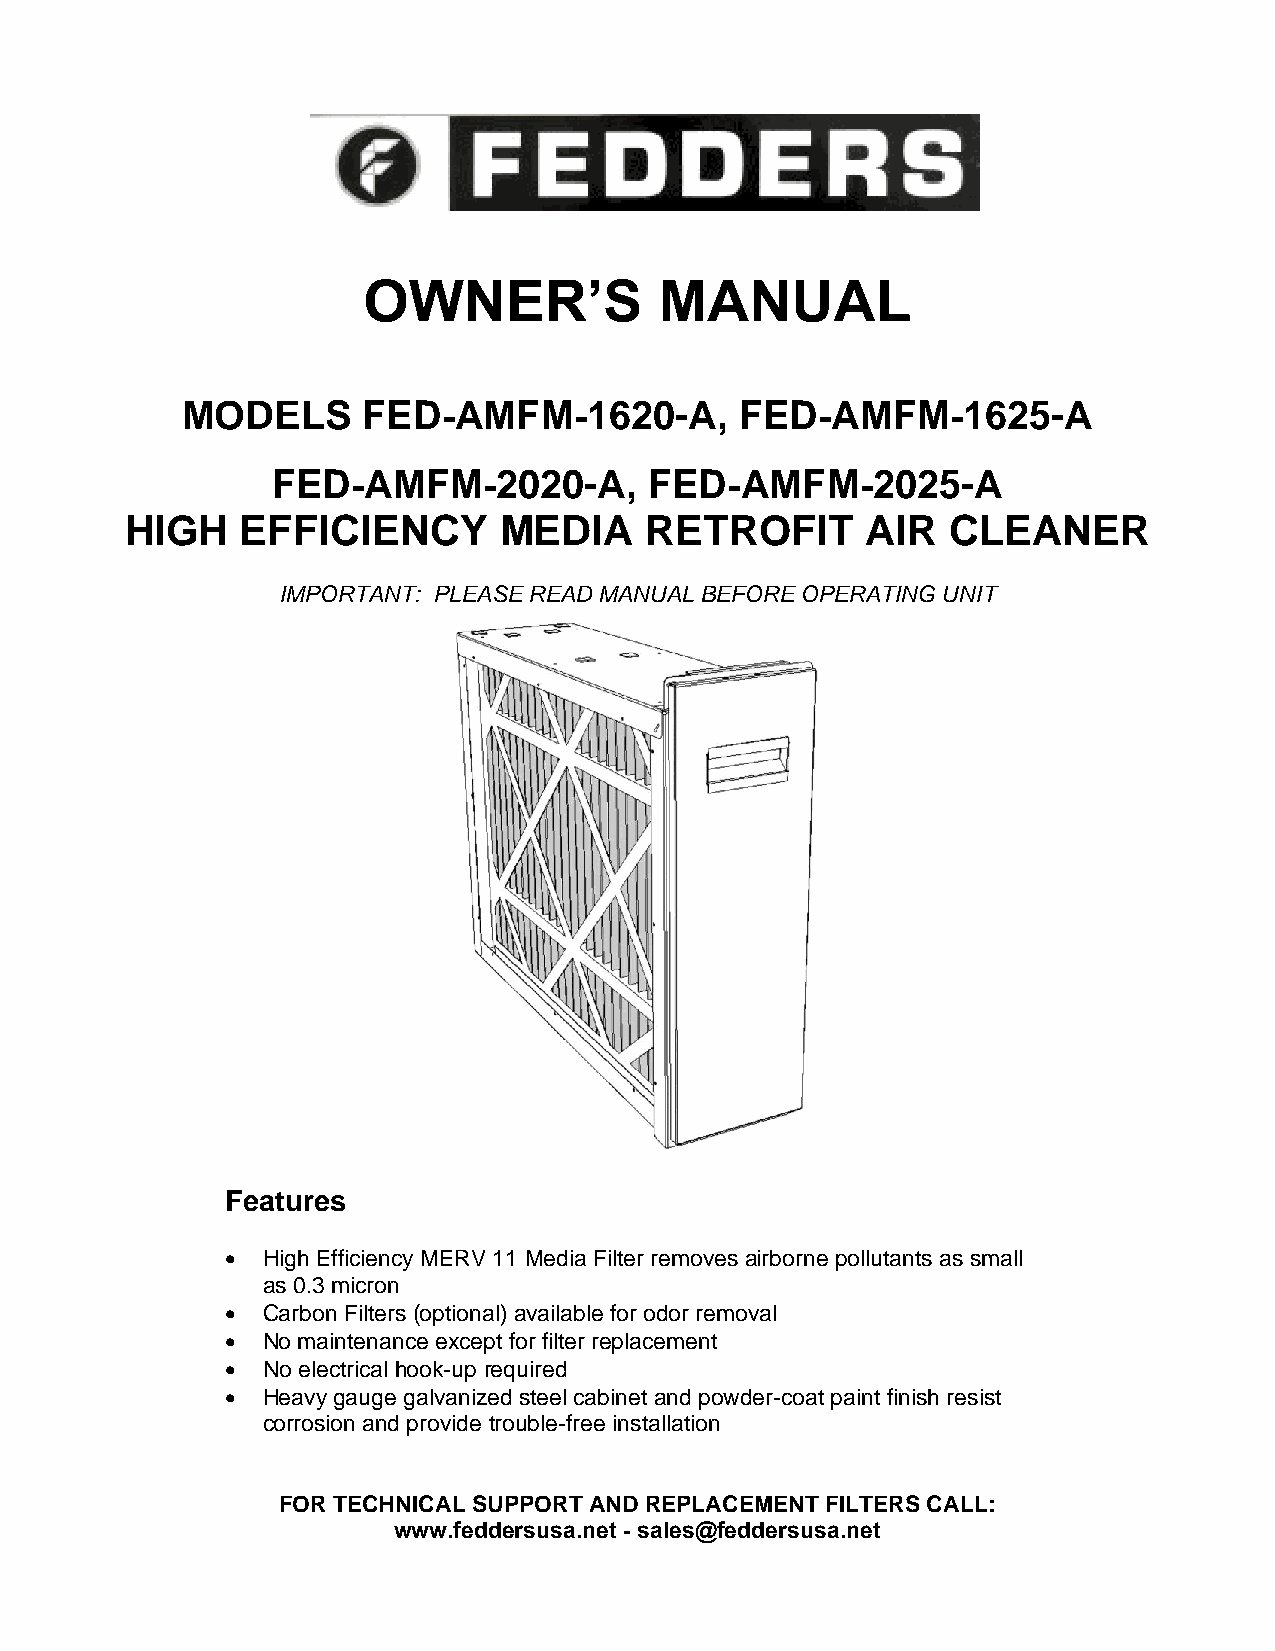
OWNER’S             MANUAL
 MODELS            AM       1620-A,         AM       1625-A
 FED-      FM-            FED-      FM-
 AM       2020-A,         AM       2025-A
 FED-      FM-            FED-      FM-
 HIGH    EFFICIENCY       MEDIA     RETROFIT      AIR   CLEANER
 IMPORTANT: PLEASE READ MANUAL BEFORE OPERATING UNIT
 Features
 • High Efficiency MERV 11 Media Filter removes airborne pollutants as small
 as 0.3 micron
 • Carbon Filters (optional) available for odor removal
 • No maintenance except for filter replacement
 • No electrical hook-up required
 • Heavy gauge galvanized steel cabinet and powder-coat paint finish resist
 corrosion and provide trouble-free installation
 FOR TECHNICAL SUPPORT AND REPLACEMENT FILTERS CALL:
 www.feddersusa.net - sales@feddersusa.net